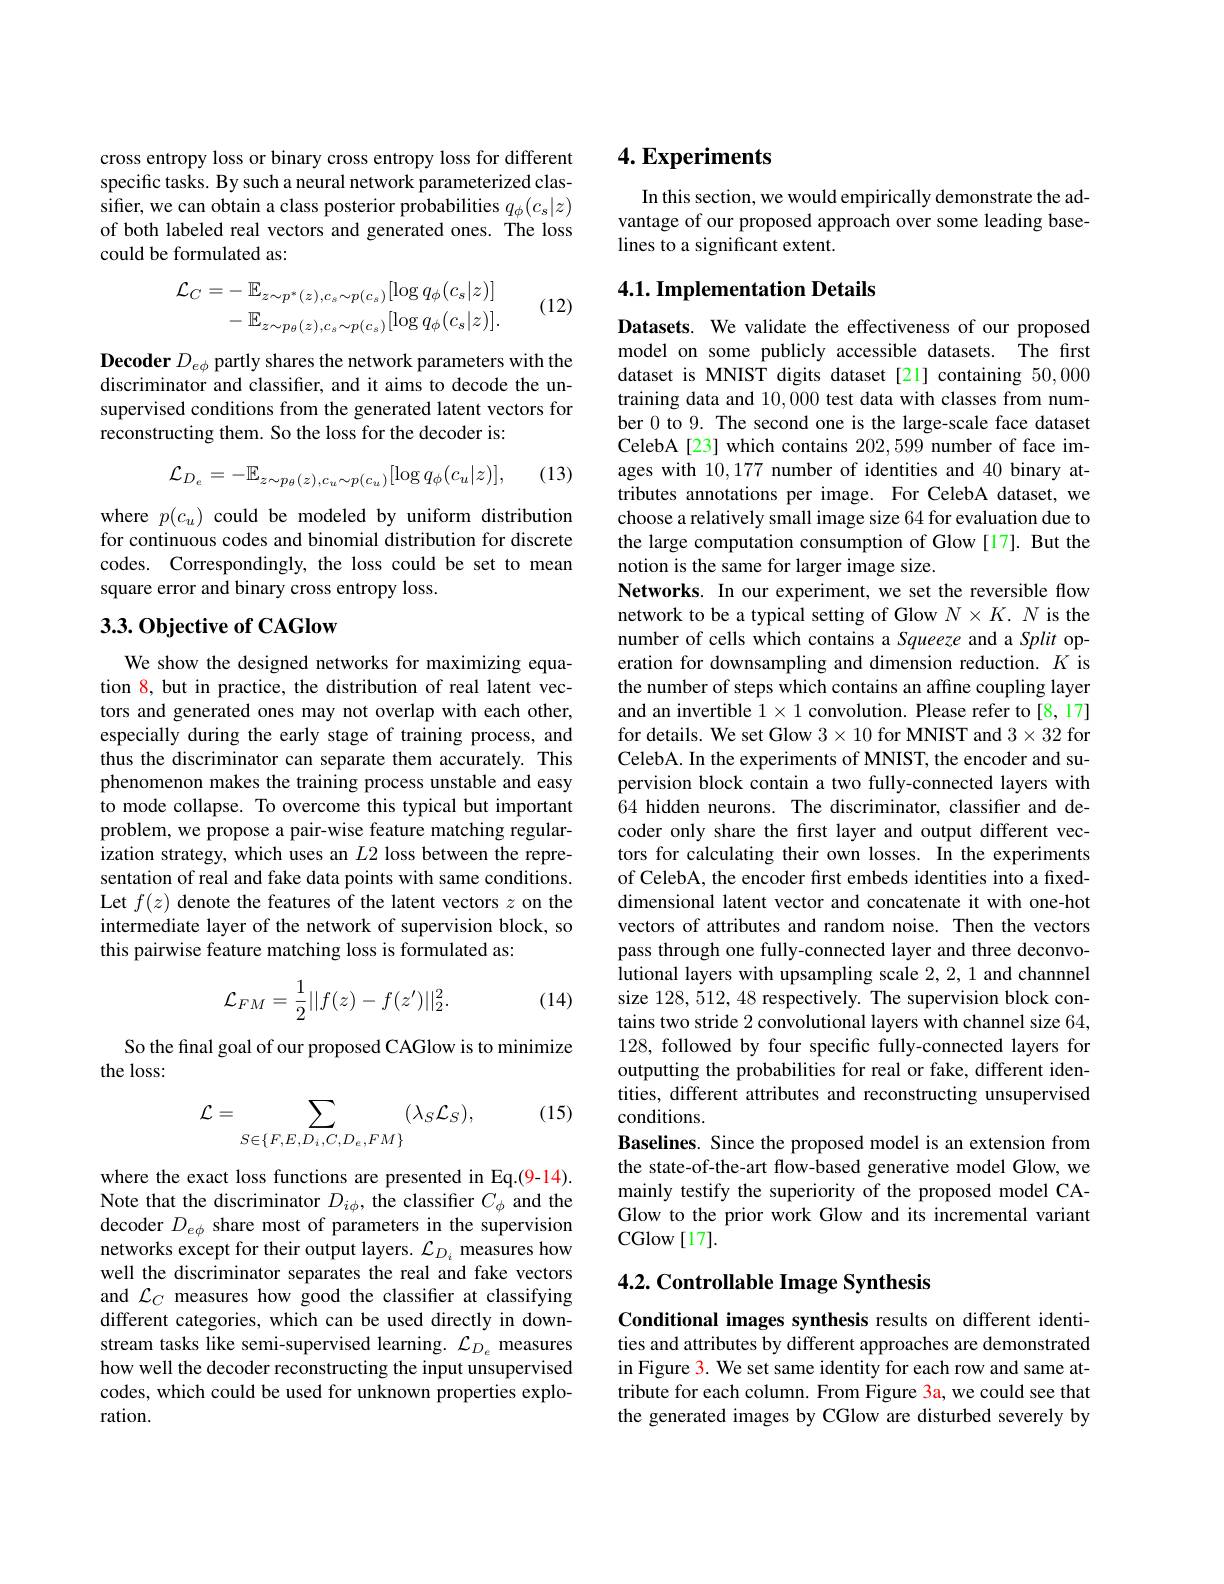
cross entropy loss or binary cross entropy loss for different specific tasks. By such a neural network parameterized classifer, we can obtain a class posterior probabilities $q_\phi(c_s|z)$ of both labeled real vectors and generated ones. The loss could be formulated as:
$$\begin{aligned}\mathcal{L}_{C}&=-\:\mathbb{E}_{z\sim p^{*}(z),c_{s}\sim p(c_{s})}[\log q_{\phi}(c_{s}|z)]\\&-\:\mathbb{E}_{z\sim p_{\theta}(z),c_{s}\sim p(c_{s})}[\log q_{\phi}(c_{s}|z)].\end{aligned}$$
(12)

$\textbf{Decoder }D_{e\phi }$ partly shares the network parameters with the discriminator and classifier, and it aims to decode the unsupervised conditions from the generated latent vectors for reconstructing them. So the loss for the decoder is:

(13)
$$\mathcal{L}_{D_{e}}=-\mathbb{E}_{z\sim p_{\theta}(z),c_{u}\sim p(c_{u})}[\log q_{\phi}(c_{u}|z)],$$
where $p(c_u)$ could be modeled by uniform distribution for continuous codes and binomial distribution for discrete codes. Correspondingly, the loss could be set to mean square error and binary cross entropy loss.

## $3. 3. \textbf{Objective of CAGlow}$

We show the designed networks for maximizing equation 8, but in practice, the distribution of real latent vectors and generated ones may not overlap with each other, especially during the early stage of training process, and thus the discriminator can separate them accurately. This phenomenon makes the training process unstable and easy to mode collapse. To overcome this typical but important problem, we propose a pair-wise feature matching regularization strategy, which uses an $L2$ loss between the representation of real and fake data points with same conditions. Let $f(z)$ denote the features of the latent vectors $z$ on the intermediate layer of the network of supervision block, so this pairwise feature matching loss is formulated as:
$$\mathcal{L}_{FM}=\frac{1}{2}||f(z)-f(z')||_{2}^{2}.$$
(14)

So the final goal of our proposed CAGlow is to minimize
the loss:

(15)
$$\mathcal{L}=\sum_{S\in\{F,E,D_{i},C,D_{e},FM\}}(\lambda_{S}\mathcal{L}_{S}),$$
where the exact loss functions are presented in Eq.(9-14). Note that the discriminator $D_i\phi$, the classiffer $C_\phi$ and the decoder $D_{e\phi}$ share most of parameters in the supervision networks except for their output layers. $\mathcal{L}_D_i$ measures how well the discriminator separates the real and fake vectors and $\mathcal{L}_C$ measures how good the classifier at classifying different categories, which can be used directly in downstream tasks like semi-supervised learning. $\mathcal{L}_D_e$ measures how well the decoder reconstructing the input unsupervised codes, which could be used for unknown properties exploration.

## $4. \textbf{Experiments}$

In this section, we would empirically demonstrate the advantage of our proposed approach over some leading baselines to a significant extent.

## 4.1. Implementation Details

Datasets. We validate the effectiveness of our proposed model on some publicly accessible datasets. The first dataset is MNIST digits dataset [21] containing 50,000 training data and 10,000 test data with classes from number 0 to 9. The second one is the large-scale face dataset CelebA[23] which contains 202,599 number of face images with 10,177 number of identities and 40 binary attributes annotations per image. For CelebA dataset, we choose a relatively small image size 64 for evaluation due to the large computation consumption of Glow[17]. But the notion is the same for larger image size.
Networks. In our experiment, we set the reversible flow network to be a typical setting of Glow $N\times K.N$ is the number of cells which contains a Squeeze and a Split operation for downsampling and dimension reduction. $K$ is the number of steps which contains an affine coupling layer and an invertible $1\times1$ convolution. Please refer to [8,17] for details. We set Glow $3\times10$ for MNIST and $3\times32$ for CelebA. In the experiments of MNIST, the encoder and supervision block contain a two fully-connected layers with 64 hidden neurons. The discriminator, classifier and decoder only share the first layer and output different vectors for calculating their own losses. In the experiments of CelebA, the encoder first embeds identities into a fixeddimensional latent vector and concatenate it with one-hot vectors of attributes and random noise. Then the vectors pass through one fully-connected layer and three deconvolutional layers with upsampling scale 2,2,1 and channnel size 128,512,48 respectively. The supervision block contains two stride 2 convolutional layers with channel size 64, 128, followed by four specific fully-connected layers for outputting the probabilities for real or fake, different identities, different attributes and reconstructing unsupervised conditions.
Baselines. Since the proposed model is an extension from the state-of-the-art flow-based generative model Glow, we mainly testify the superiority of the proposed model CAGlow to the prior work Glow and its incremental variant CGlow[17].

## 4.2. Controllable Image Synthesis

Conditional images synthesis results on different identities and attributes by different approaches are demonstrated in Figure 3. We set same identity for each row and same attribute for each column. From Figure 3a, we could see that the generated images by CGlow are disturbed severely by